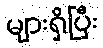
များရှိပြီး